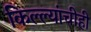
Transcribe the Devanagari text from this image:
किल्ल्यांचीही